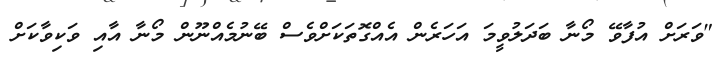
"ވަރަށް އުފާވޭ މޯނާ ބަދަލުވީމަ އަހަރެން އެއްގޮތަކަށްވެސް ބޭނުމެއްނޫން މޯނާ އާއި ވަކިވާކަށް